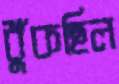
ধুঁকছিল